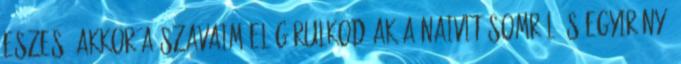
eszes, akkor a szavaim elégárulkodóak a naivitásomról és egyirányú